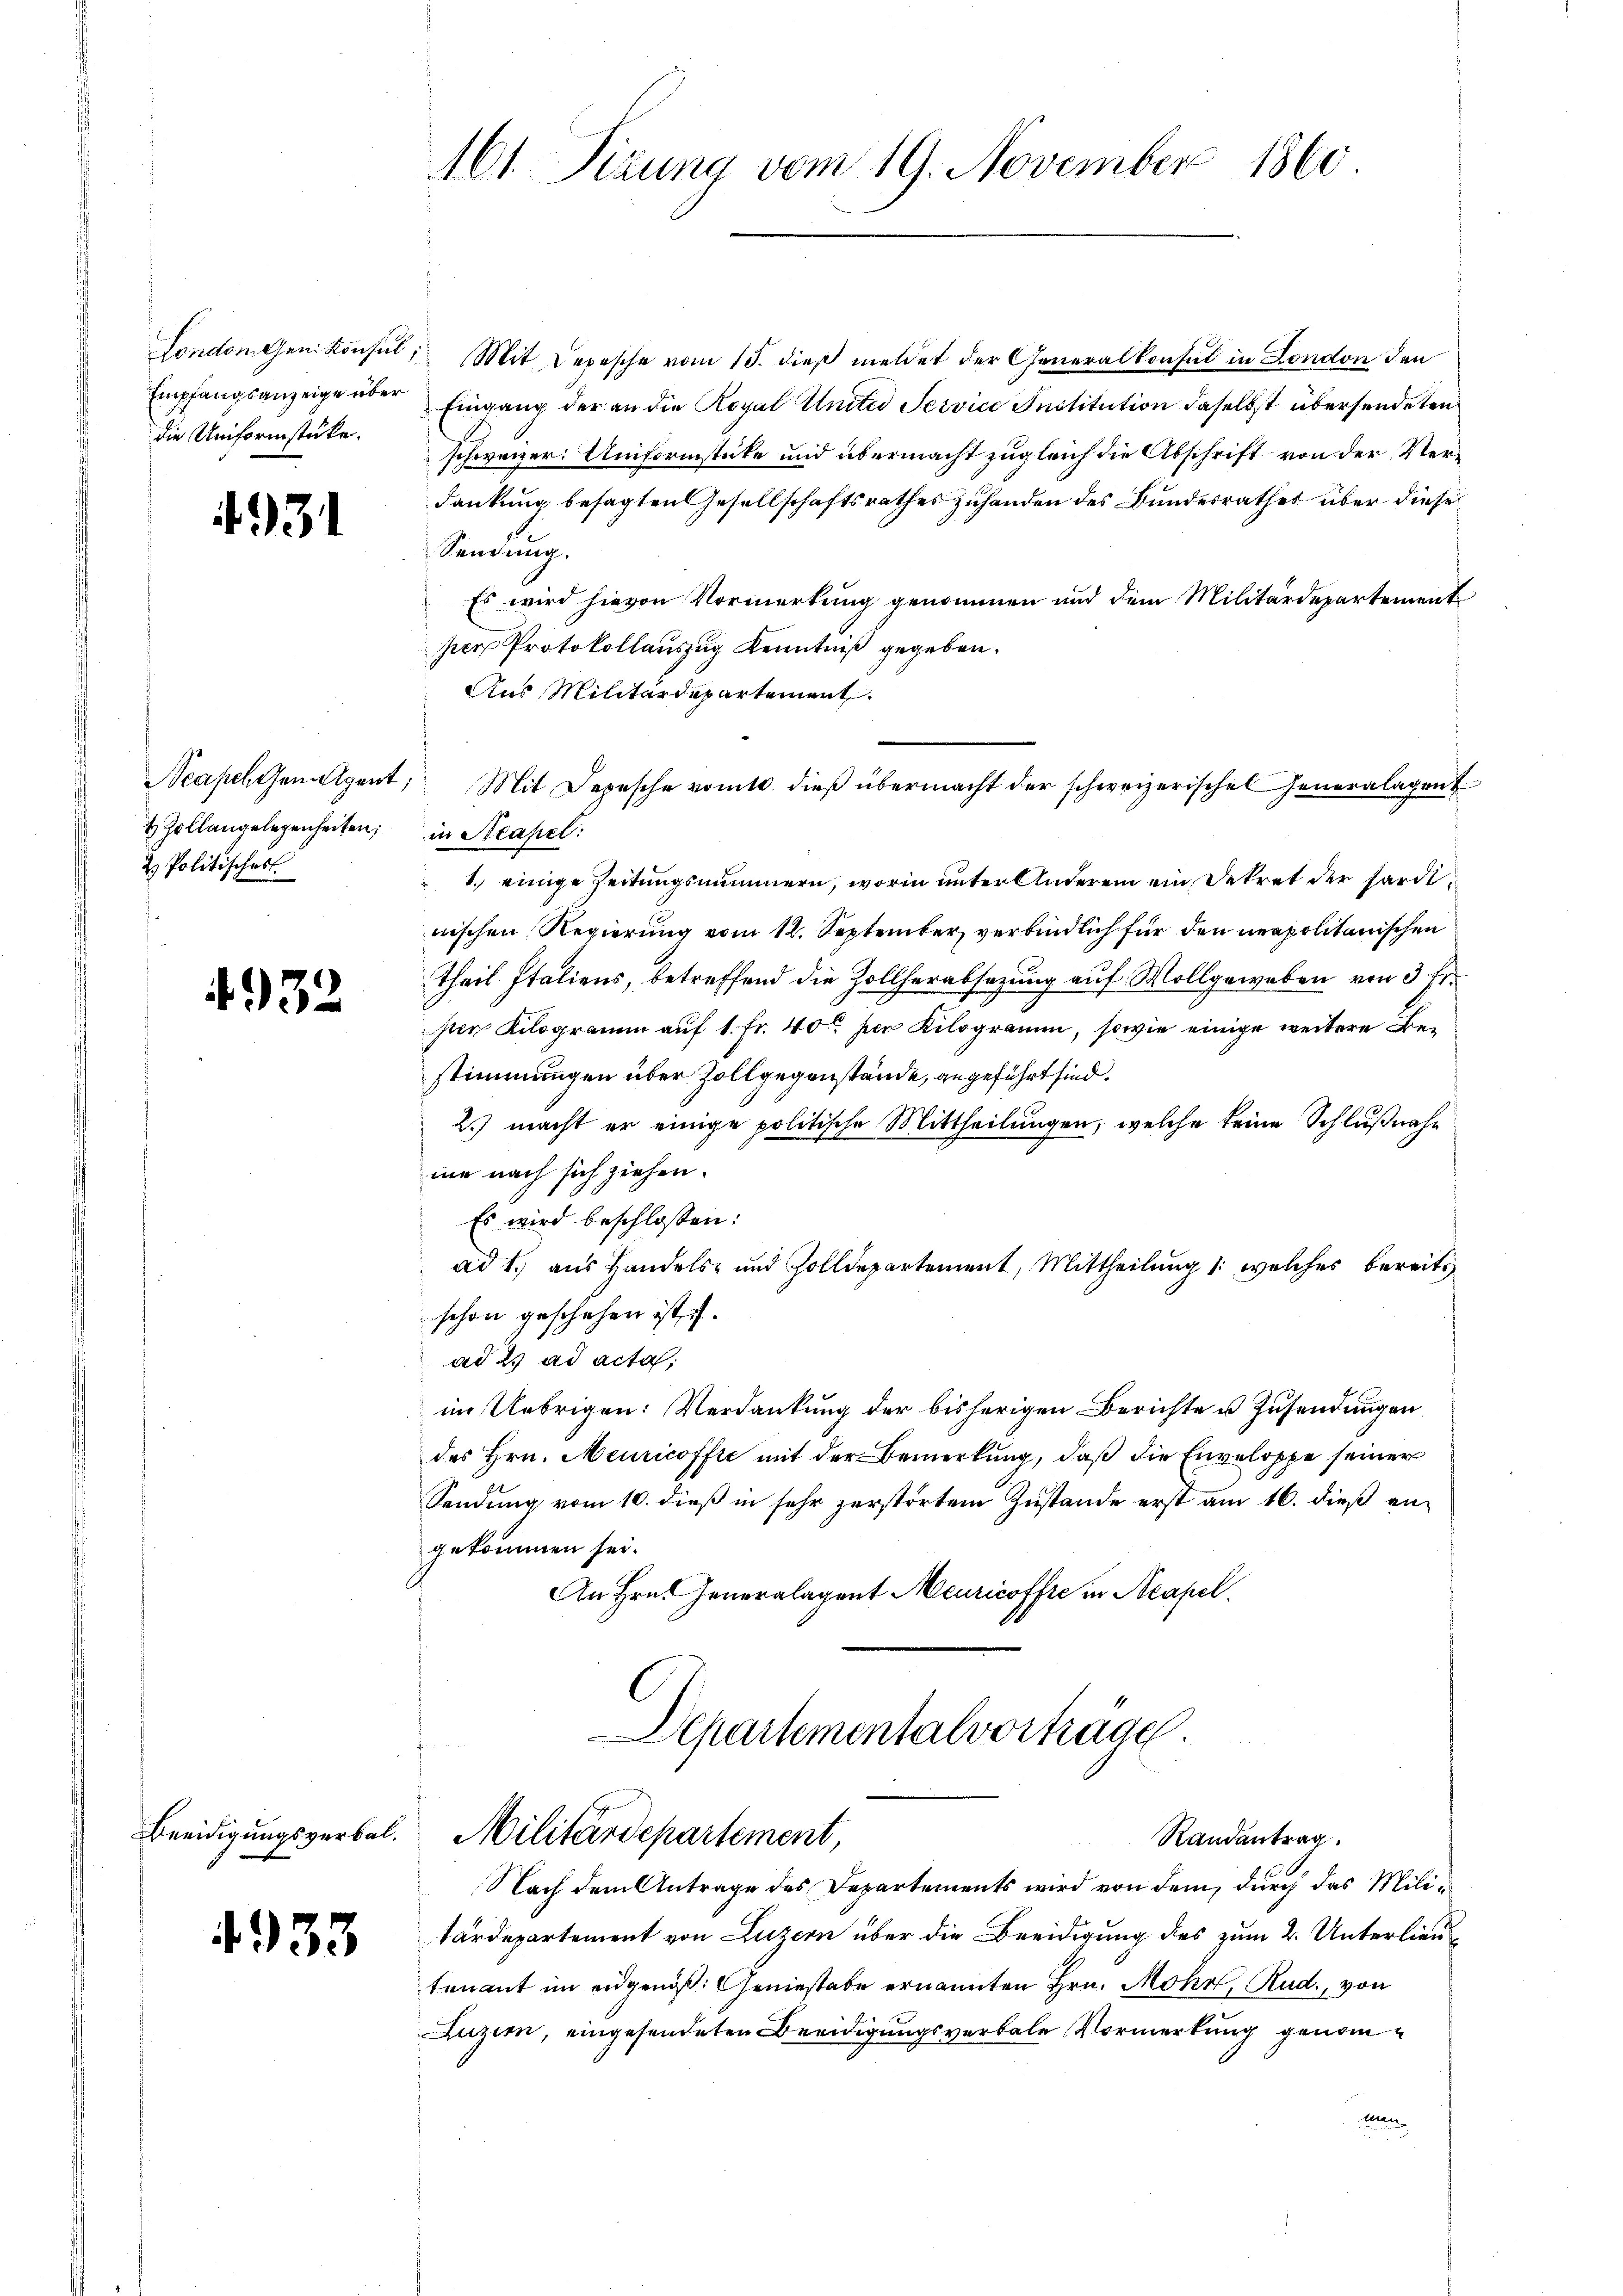
Empfangsanzeige über
die Uniformstücke.

31

& Zollangelegenheiten; in Neapel:
2. Politisches

4932

Beeidigungsverbal.

4933

161. Tizung vom 19. November 1860

London gen konsul, Mit Depesche vom 15. dieβ meldet der Generalkonsul in London den
Eingang der an die Royal Unter Service Institution daselbst übersendeten
schweizer: Uniformstücke und übermacht zugleich die Abschrift von der Verdankung besagten Gesellschaftsrathes Zuhanden des Bundesrathes über diese
Sendung.
Es wird hievon Vormerkung genommen und dem Militärdepartement
pier Protokollauszug Kenntniß gegeben.
Aus Militärdepartement.
Neapel geneigent, Mit Depesche vomtl. dieβ übermacht der schweizerischel Generalagent
1.) einige Zeitungsnummern, worin unter Anderem ein Dekret der hardtnischen Regierung vom 12. September verbindlich für den neapolitanischen
theil Italiens, betreffend die Zollherabsetzung auf Wollgeweben von 3 Fr.
ser Kilogramm auf 1. Fr. 40 der Kilogramm, sowie einige weitere Bestimmungen über Zollgegenstände, angeführt sind.
2.) macht er einige politische Mittheilungen, welche keine Schlußnahe
ine nach sich ziehen.
Es wird beschlossen:
ad 1., aus Handels- und Zolldepartement, Mittheilung /: welches bereits
schon geschehen ist, u.
ad 2. ad acta
im Uebrigen: Verdankung der bisherigen Berichte u. Zusendungen
des Hrn. Meuricoffte mit der Bemerkung, daß die Enveloppe seiner
Sendung vom 10. dieß in sehr zerstörtem Zustande erst am 16. dieß angekommen sei.
An Hrn. Generalagent Meuricoffre in Neapel.

Departementalverträge.
Militärdepartement,

Randantrag.

Nach dem Antrage des Departements wird von dem, durch das Militärdepartement von Luzern über die Beeidigung des zum 2. Unterlieu
tenant im eidgenöß: Geniestabe ernannten Hrn. Mohr, Rud., von
Luzim, eingesendeten Beeidigungsverbale Vormerkung genommen